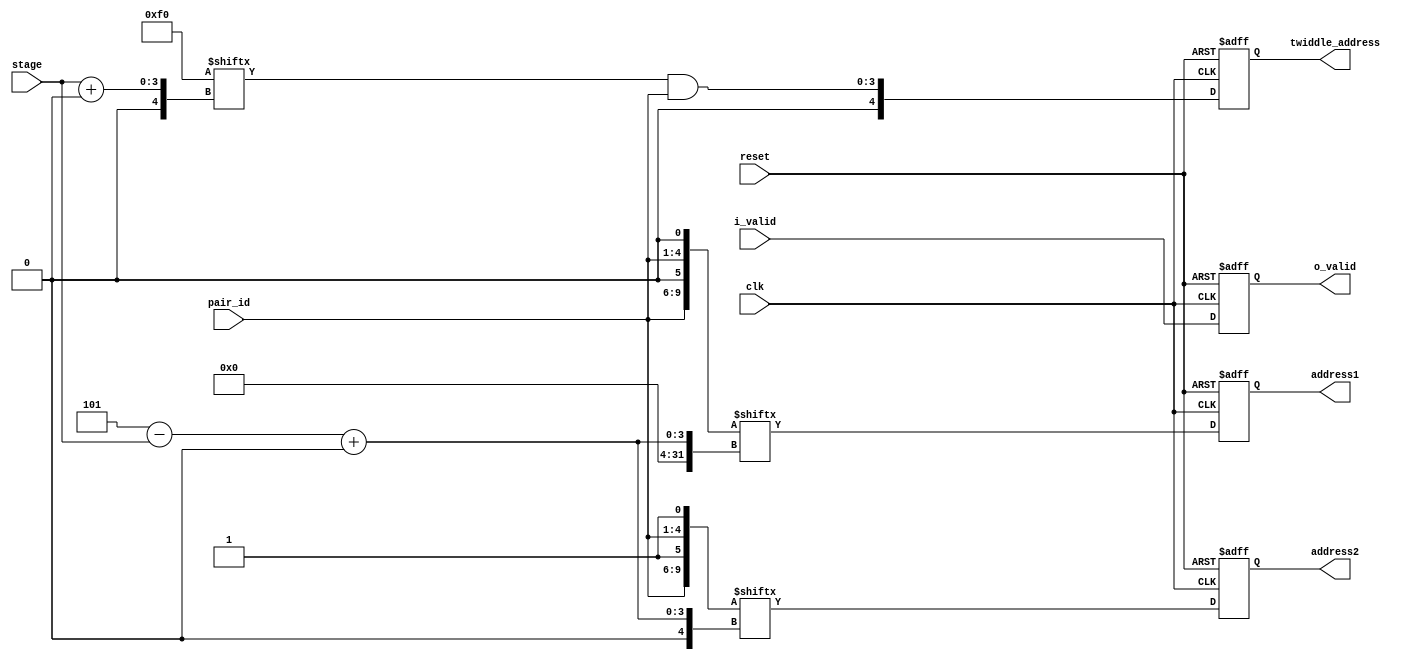
module AGU #(
    parameter N = 32,
    stage_width = $clog2($clog2(N)),
    pair_id_width = $clog2(N/2),
    address_width = $clog2(N)
) (
    input wire clk, reset,
    input wire i_valid, 
    input wire [stage_width-1: 0] stage,
    input wire [pair_id_width-1: 0] pair_id, 
    output reg [address_width-1 : 0] address1, address2, 
    output reg [address_width-1: 0] twiddle_address,
    output reg o_valid
);

// initial begin
//     $dumpfile("AGU.vcd");
//     $dumpvars(0,AGU);
// end

// N is the number of samples in the fourier transform
// log2N is the number of bits neccessary to represent N different states
// since the FFT has log2(N) stages, we need log2N bits to encode the stages
// we operate on pairs of samples => we need log(N/2) == logN2 -1 bits to encode pairs
localparam log2N = $clog2(N);

localparam half_mask = log2N - 1;
 
// signal declaration
//reg [log2N-1: 0] stage_reg;
//reg [(log2N -1)- 1: 0] pair_id_reg;
reg [address_width -1: 0] i_address1, i_address2;  

// addresses for the samples in the pair are computed as
// ROT_N_(2*pair_id, stage), ROT_N_(2*pair_id+1, stage)

// Twiddle address is computed by masking the LS log2N-stage-1 bits of pair_id

reg [pair_id_width : 0] pair_id_x_2, pair_id_x_2_1; // (pair_id*2, pair_id*2+1)
reg [address_width-1: 0] i_twiddle_address;

localparam [half_mask*2-1: 0] mask_extended = {{half_mask{1'b1}}, {half_mask{1'b0}}};

reg [half_mask-1: 0] mask;
// reg [address_width: 0] mask_;
// integer i; 

always @(*)begin
    pair_id_x_2 = {pair_id, 1'b0}; 

    //OR can be used to add 1 since the last bit of pair_id_x_2 is necessarily 0
    pair_id_x_2_1 = {pair_id, 1'b1};
    i_address1 = barrel_shift_left(pair_id_x_2, stage);
    i_address2 = barrel_shift_left(pair_id_x_2_1, stage);
    mask = mask_extended[stage +: half_mask];
    // mask_ = mask - 1'b1;
    i_twiddle_address = mask & pair_id; 
    
    //generate 
    // for (i = 0; i<log2N-1; i = i + 1) begin
    //     if (i < log2N-stage-1) 
    //         twiddle_address_reg[i] = pair_id[i]; 
    //     else
    //         twiddle_address_reg[i] = 1'b0; 
    // end
    //endgenerate

end

always @(posedge clk, posedge reset) begin
    // pair_id_reg <= pair_id; 
    // stage_reg <= stage;

    if (reset) begin
        address1 <= 0; 
        address2 <= 0; 
        twiddle_address <= 0;
        o_valid <= 0; 
    end else begin
        o_valid <= i_valid; 
        address1 <= i_address1;
        address2 <= i_address2;
        twiddle_address <= i_twiddle_address;
    end
end


// barrel shift vector j by vector i
function [log2N-1:0] barrel_shift_left;
    input [pair_id_width: 0] j; //vector to be barrel shifted
    input [stage_width-1: 0] i; // amount to shift by

    reg [stage_width-1: 0] max_index, temp;
    reg [2*pair_id_width+1: 0] doublej;

    //reg  [log2N-1:0] temp;
    begin
        max_index = log2N & {stage_width{1'b1}};
        doublej = {j, j};
        temp = max_index - i; 
        barrel_shift_left = doublej[temp+:log2N];   
    end 
    
    
endfunction
    
endmodule